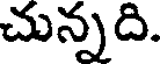
చున్నది.